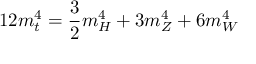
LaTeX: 1 2 m _ { t } ^ { 4 } = \frac { 3 } { 2 } m _ { H } ^ { 4 } + 3 m _ { Z } ^ { 4 } + 6 m _ { W } ^ { 4 }